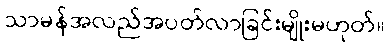
သာမန်အလည်အပတ်လာခြင်းမျိုးမဟုတ်။